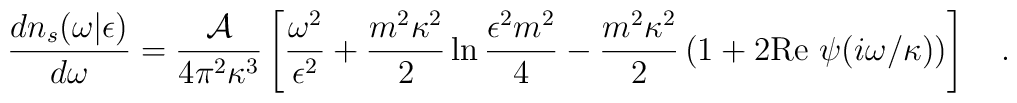
{dn_s(\omega |\epsilon) \over d\omega}={{\cal A} \over 4\pi^2\kappa^3}\left[{\omega ^2 \over \epsilon^2}+{m^2\kappa^2 \over 2}\ln{\epsilon^2m^2\over 4}-{m^2\kappa^2 \over 2}\left(1+2\mbox{Re}~\psi(i\omega/\kappa)\right)\right]~~~.